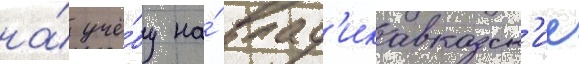
на́ учё́бу на́ влад'икавказск'ие